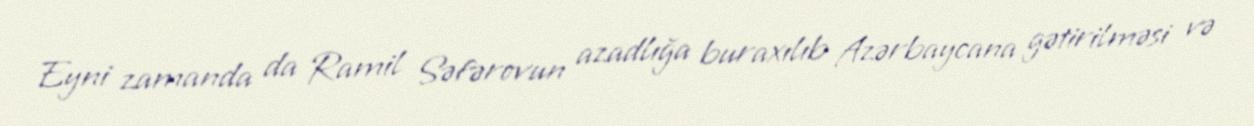
Eyni zamanda da Ramil Səfərovun azadlığa buraxılıb Azərbaycana gətirilməsi və